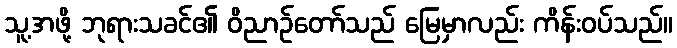
သူ့အဖို့ ဘုရားသခင်၏ ဝိညာဉ်တော်သည် မြေမှာလည်း ကိန်းဝပ်သည်။